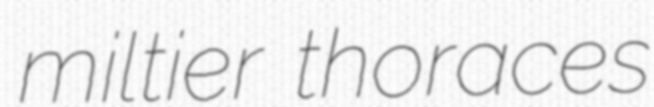
miltier thoraces